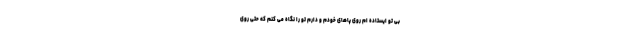
بی تو ایستاده ام روی پاهای خودم و دارم تو را نگاه می کنم که حتی روی